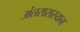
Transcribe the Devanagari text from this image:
अंतरासस्यन